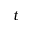
t